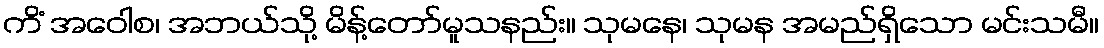
ကိံ အဝေါစ၊ အဘယ်သို့ မိန့်တော်မူသနည်း။ သုမနေ၊ သုမန အမည်ရှိသော မင်းသမီ။